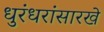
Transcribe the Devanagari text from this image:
धुरंधरांसारखे